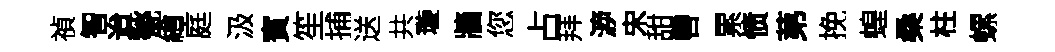
禎智迨甃繪庭汲賓笙捕送共璇牆您占拜㴑宋甜轡累愤苐挽蝗桑柱螺